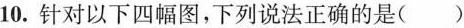
10.针对以下四幅图，下列说法正确的是()